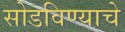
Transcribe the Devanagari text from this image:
सोडविण्‍याचे